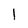
Character: 1